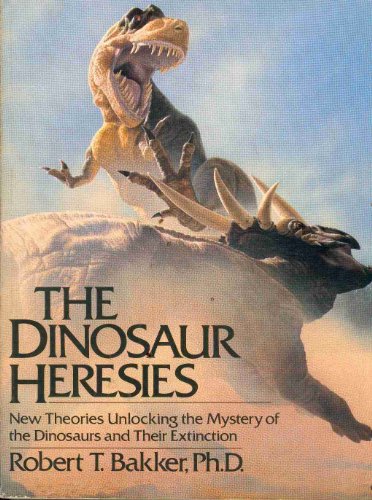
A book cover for The Dinosaur Heresies: New Theories Unlocking the Mystery of the Dinosaurs and Their Extinction; Robert T. Bakker; Science & Math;